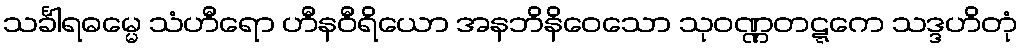
သင်္ခါရဓမ္မေ သံဟီရော ဟီနဝီရိယော အနဘိနိဝေသော သုဝဏ္ဏတဋ္ဋကေ သဒ္ဒဟိတုံ